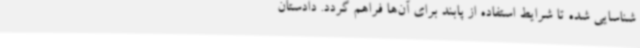
شناسایی شده تا شرایط استفاده از پابند برای آن‌ها فراهم گردد. دادستان